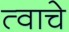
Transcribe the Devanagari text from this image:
त्वाचे